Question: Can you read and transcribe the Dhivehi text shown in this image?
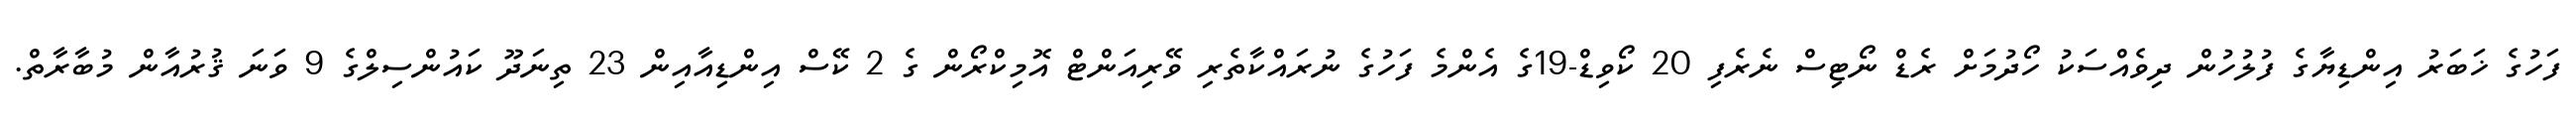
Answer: ފަހުގެ ޚަބަރު އިންޑިޔާގެ ފުލުހުން ދިވެއްސަކު ހޯދުމަށް ރެޑް ނޯޓިސް ނެރެފި 20 ކޯވިޑް-19ގެ އެންމެ ފަހުގެ ނުރައްކާތެރި ވޭރިއަންޓް އޮމިކްރޯން ގެ 2 ކޭސް އިންޑިއާއިން 23 ތިނަދޫ ކައުންސިލްގެ 9 ވަނަ ޤުރުއާން މުބާރާތް.